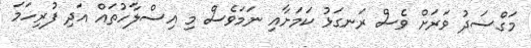
މަގްސަދު ވަރަށް ވެސް ރަނގަޅު ކަމަށާއި ނަމަވެސް މި އިސްލާހުތައް އަދި ފުރިހަމަ